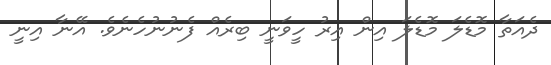
ދެއަތާ މޮޑެލަ މޮޑެލަ އިން އިރު ހީވަނީ ބިރެއް ފެނުނުހެނެވެ. އޭނާ އިނީ